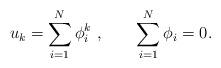
LaTeX: \begin{align*}u_k = \sum_{i=1}^N \phi_i^k\ , \qquad \sum_{i=1}^N \phi_i =0.\end{align*}